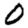
Digit: 0